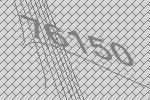
76150